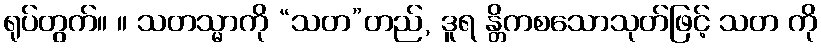
ရုပ်တွက်။ ။ သတသ္မာကို “သတ”တည်, ဒူရ န္တိကစသောသုတ်ဖြင့် သတ ကို